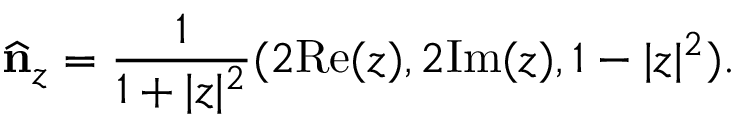
\widehat { \bf n } _ { z } = \frac { 1 } { 1 + \vert z \vert ^ { 2 } } ( 2 \mathrm { R e } ( z ) , 2 \mathrm { I m } ( z ) , 1 - \vert z \vert ^ { 2 } ) .